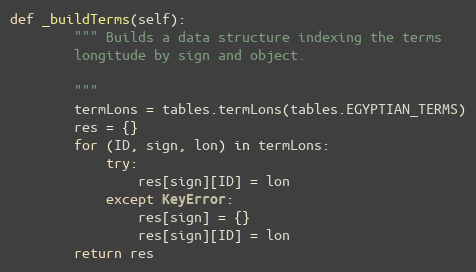
Language: Python
def _buildTerms(self):
        """ Builds a data structure indexing the terms
        longitude by sign and object.

        """
        termLons = tables.termLons(tables.EGYPTIAN_TERMS)
        res = {}
        for (ID, sign, lon) in termLons:
            try:
                res[sign][ID] = lon
            except KeyError:
                res[sign] = {}
                res[sign][ID] = lon
        return res